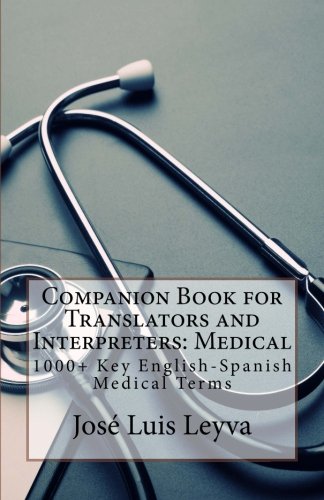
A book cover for Companion Book for Translators and Interpreters: Medical: 1000+ Key English-Spanish Medical Terms; JosÃ© Luis Leyva; Reference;